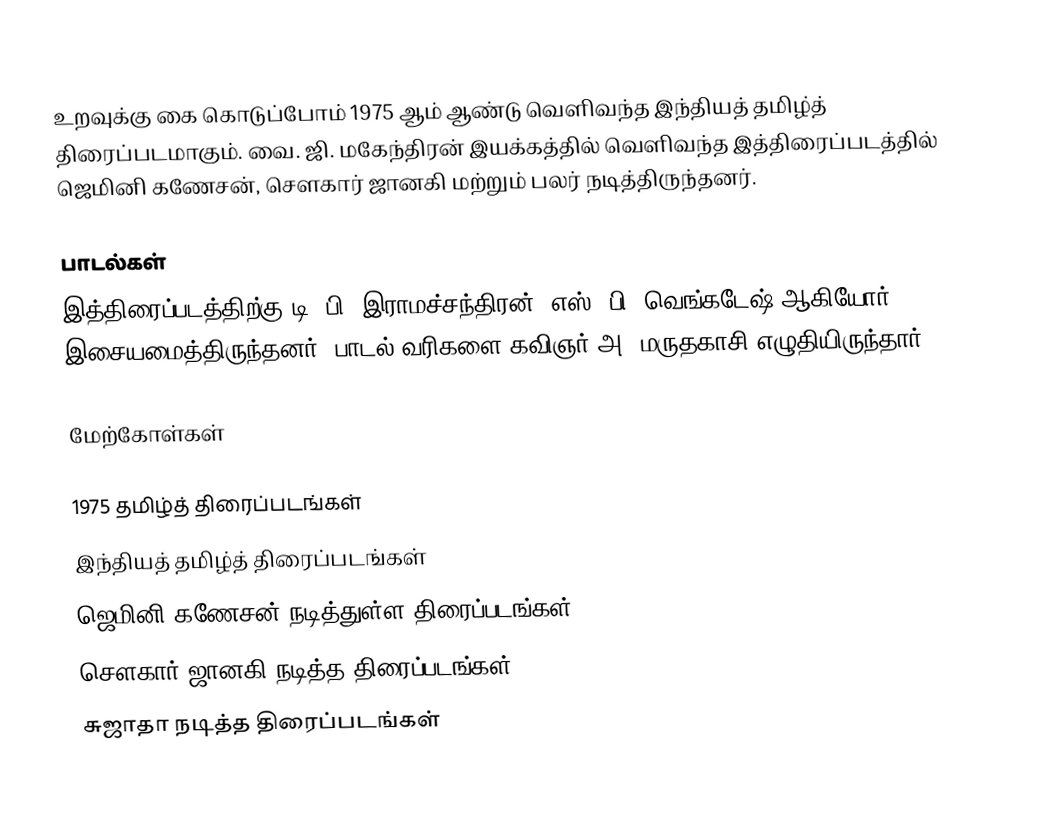
உறவுக்கு கை கொடுப்போம் 1975 ஆம் ஆண்டு வெளிவந்த இந்தியத் தமிழ்த் திரைப்படமாகும். வை. ஜி. மகேந்திரன் இயக்கத்தில் வெளிவந்த இத்திரைப்படத்தில் ஜெமினி கணேசன், சௌகார் ஜானகி மற்றும் பலர் நடித்திருந்தனர்.

பாடல்கள்
இத்திரைப்படத்திற்கு டி. பி. இராமச்சந்திரன், எஸ். பி. வெங்கடேஷ் ஆகியோர் இசையமைத்திருந்தனர். பாடல் வரிகளை கவிஞர் அ. மருதகாசி எழுதியிருந்தார்.

மேற்கோள்கள்

1975 தமிழ்த் திரைப்படங்கள்
இந்தியத் தமிழ்த் திரைப்படங்கள்
ஜெமினி கணேசன் நடித்துள்ள திரைப்படங்கள்
சௌகார் ஜானகி நடித்த திரைப்படங்கள்
சுஜாதா நடித்த திரைப்படங்கள்